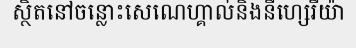
ស្ថិតនៅចន្លោះសេណេហ្គាល់និងនីហ្សេរីយ៉ា